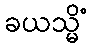
ခယသ္မိံ